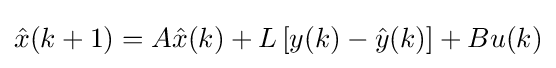
{\hat {x}}(k+1)=A{\hat {x}}(k)+L\left[y(k)-{\hat {y}}(k)\right]+Bu(k)